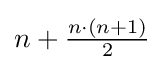
n+{\tfrac {n\cdot (n+1)}{2}}